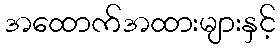
အထောက်အထားများနှင့်